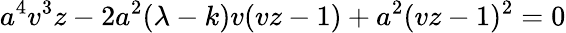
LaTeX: a^{4}v^{3}z-2a^{2}(\lambda-k)v(vz-1)+a^{2}(vz-1)^{2}=0